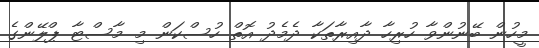
މީހުން ބޭނުންވާ ހުރިހާ ދާއިރާތަކާ ދެމެދު އޮތް ހުސްކަން މި މާސްޓާ ޕްލޭންގެ